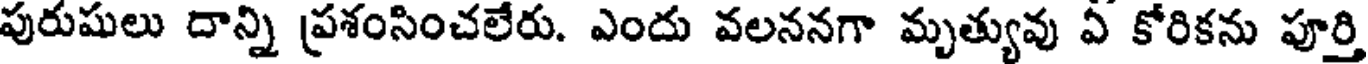
పురుషులు దాన్ని ప్రశంసించలేరు. ఎందు వలననగా మృత్యువు ఏ కోరికను పూర్తి